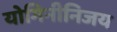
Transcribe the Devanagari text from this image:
योगिनीनिजय